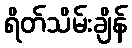
ရိတ်သိမ်းချိန်